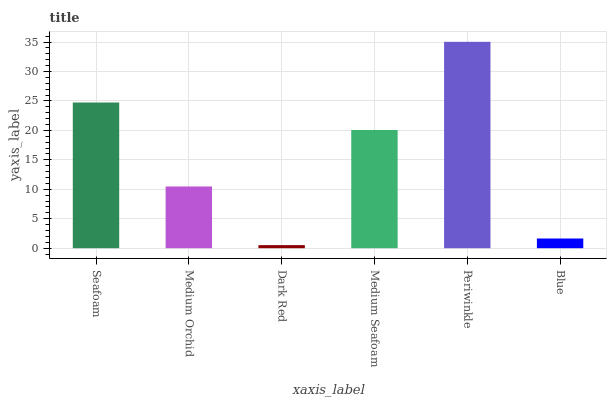
| xaxis_label | bars |
 | --- | --- |
 | Seafoam | 24.7 |
 | Medium Orchid | 10.5 |
 | Dark Red | 0.523 |
 | Medium Seafoam | 20.1 |
 | Periwinkle | 35 |
 | Blue | 1.65 |